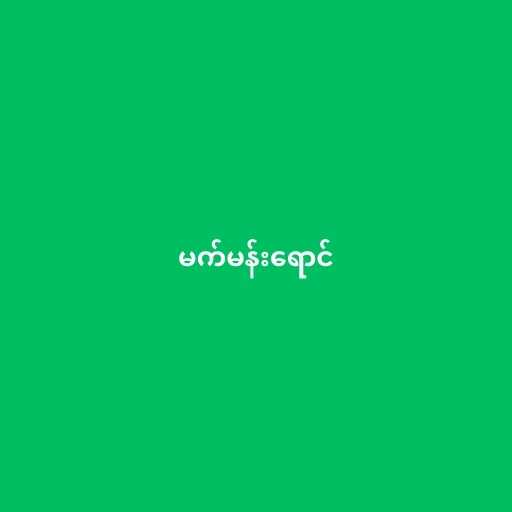
မက်မန်းရောင်